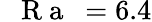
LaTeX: \mathrm{~\textit~{~R~a~}~}=6.4